Vaccination report Assam 1896-1927 - 1896-1927
Year: 1896
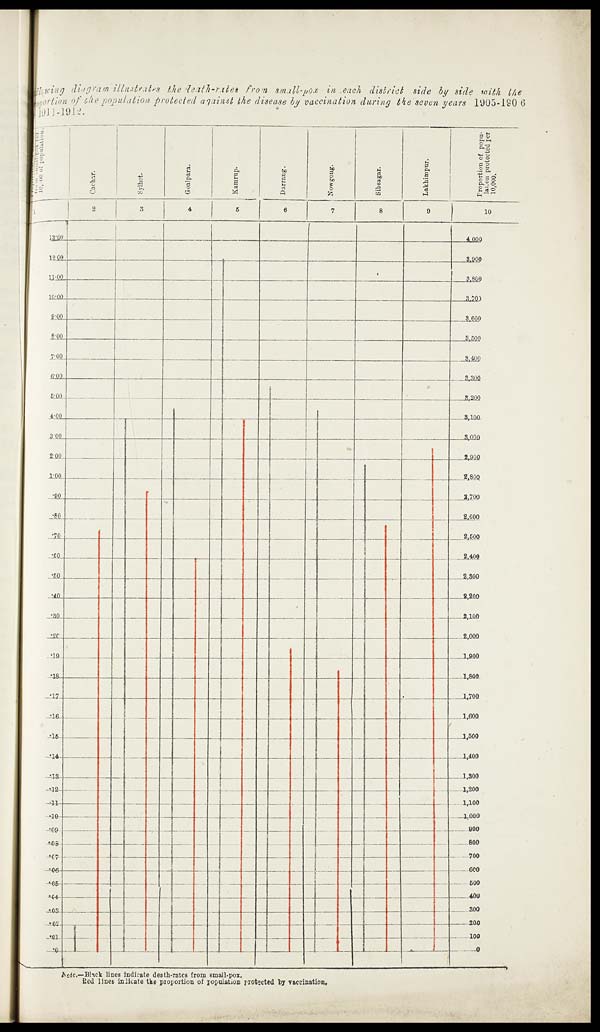
Following diagram illustrates the death-rates from small-pox in each district side by side with the
portion of the population protected against the disease by vaccination during the seven years 1905-1906
1911 -1912
Note.—Black lines indicate death-rates from small-pox.
Red lines indicate the proportion of population protected by vaccination.